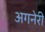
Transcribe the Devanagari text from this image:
अगनेरी